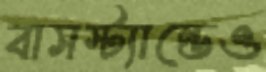
বাসস্ট্যান্ডেও